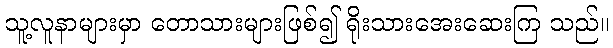
သူ့လူနာများမှာ တောသားများဖြစ်၍ ရိုးသားအေးဆေးကြ သည်။